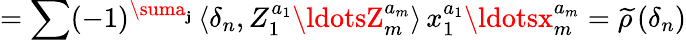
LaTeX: =\sum(-1)^{\suma_{\mathbf{j}}}\, \langle\delta_{n},Z_{1}^{a_{1}}\ldotsZ_{m}^{a_{m}}\rangle\, x_{1}^{a_{1}}\ldotsx_{m}^{a_{m}}=\widetilde{{\rho}}\, (\delta_{n})